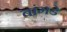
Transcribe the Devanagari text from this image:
बांगडे